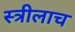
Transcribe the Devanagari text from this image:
स्त्रीलाच